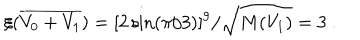
\xi ( { \overline { { { V _ { 0 } + V _ { 1 } } } } } ) = [ 2 \sin ( \pi / 3 ) ] ^ { 9 } / { \sqrt { M ( V _ { 1 } ) } } = 3 ~ .